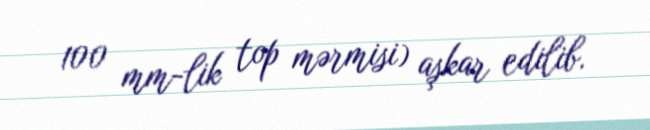
100 mm-lik top mərmisi) aşkar edilib.